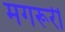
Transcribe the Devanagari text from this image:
मगरूरी